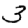
Digit: 3